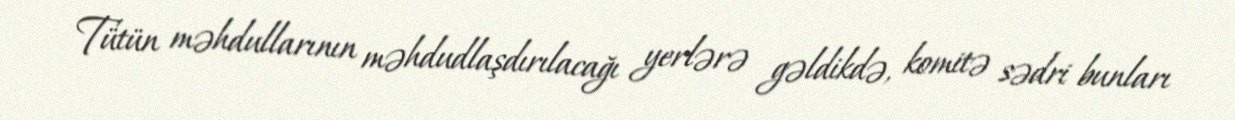
Tütün məhdullarının məhdudlaşdırılacağı yerlərə gəldikdə, komitə sədri bunları